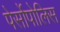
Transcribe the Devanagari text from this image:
पेर्सोपोलिस